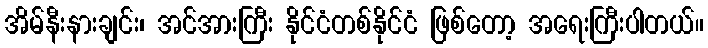
အိမ်နီးနားချင်း၊ အင်အားကြီး နိုင်ငံတစ်နိုင်ငံ ဖြစ်တော့ အရေးကြီးပါတယ်။